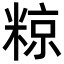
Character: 𮇪